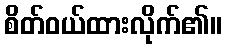
စိတ်ဝယ်ထားလိုက်၏။